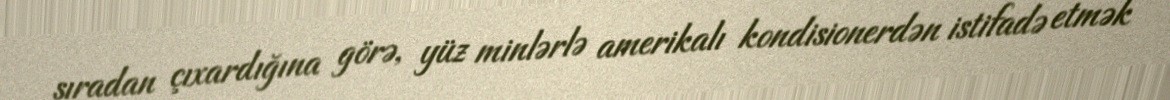
sıradan çıxardığına görə, yüz minlərlə amerikalı kondisionerdən istifadə etmək